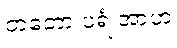
တတော ပရံ အာဟ